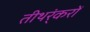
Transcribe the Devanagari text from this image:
तीथर्ंकरों